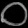
Digit: ၀